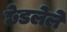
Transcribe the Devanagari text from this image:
छेडलेले